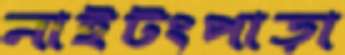
নাইটংপাড়া